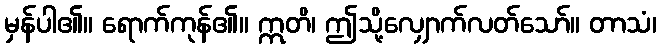
မှန်ပါ၏။ ရောက်ကုန်၏။ ဣတိ၊ ဤသို့လျှောက်လတ်သော်။ တာသံ၊